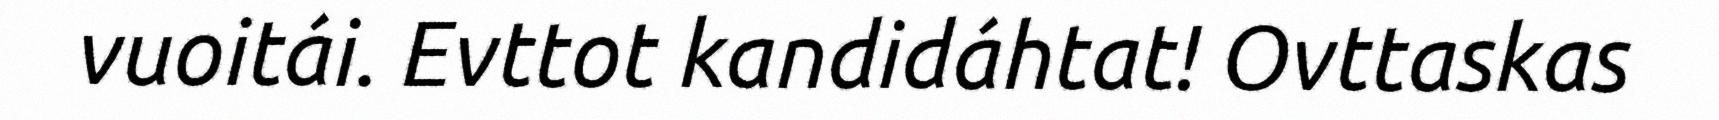
vuoitái. Evttot kandidáhtat! Ovttaskas